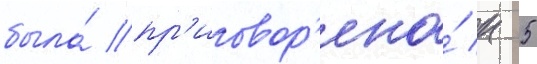
была́ пр'иговор'ена́ к 5